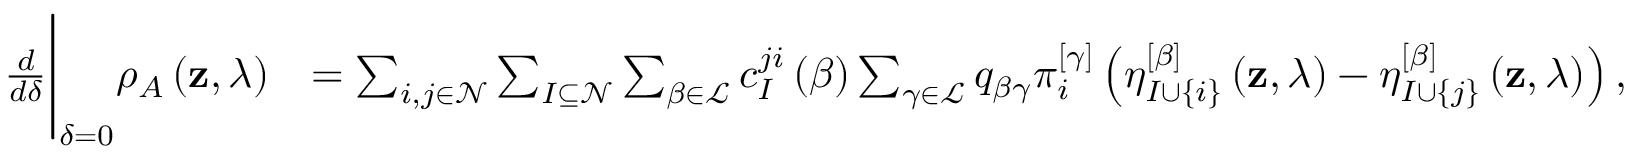
\begin{array} { r l } { \frac { d } { d \delta } \Bigg \vert _ { \delta = 0 } \rho _ { A } \left( \mathbf { z } , \lambda \right) } & { = \sum _ { i , j \in \mathcal { N } } \sum _ { I \subseteq \mathcal { N } } \sum _ { \beta \in \mathcal { L } } c _ { I } ^ { j i } \left( \beta \right) \sum _ { \gamma \in \mathcal { L } } q _ { \beta \gamma } \pi _ { i } ^ { \left[ \gamma \right] } \left( \eta _ { I \cup \left\{ i \right\} } ^ { \left[ \beta \right] } \left( \mathbf { z } , \lambda \right) - \eta _ { I \cup \left\{ j \right\} } ^ { \left[ \beta \right] } \left( \mathbf { z } , \lambda \right) \right) , } \end{array}